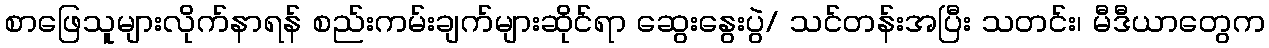
စာဖြေသူများလိုက်နာရန် စည်းကမ်းချက်များဆိုင်ရာ ဆွေးနွေးပွဲ/ သင်တန်းအပြီး သတင်း၊ မီဒီယာတွေက